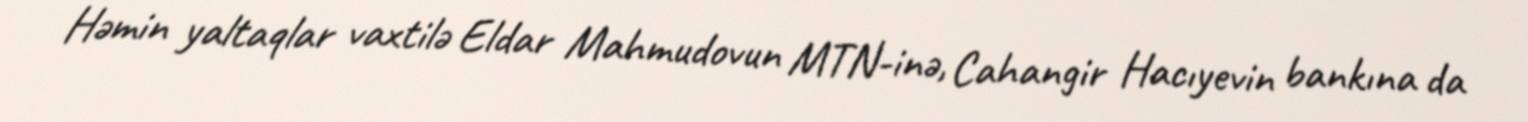
Həmin yaltaqlar vaxtilə Eldar Mahmudovun MTN-inə, Cahangir Hacıyevin bankına da